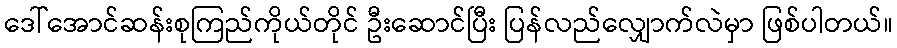
ဒေါ်အောင်ဆန်းစုကြည်ကိုယ်တိုင် ဦးဆောင်ပြီး ပြန်လည်လျှောက်လဲမှာ ဖြစ်ပါတယ်။